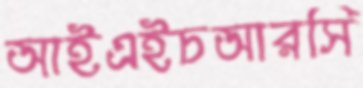
আইএইচআরসি